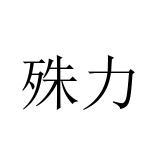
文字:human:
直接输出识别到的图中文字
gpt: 殊力